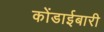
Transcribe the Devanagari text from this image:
कोंडाईबारी